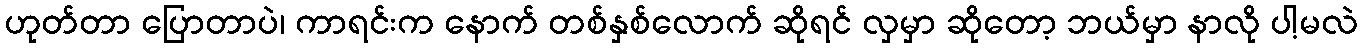
ဟုတ်တာ ပြောတာပဲ၊ ကာရင်းက နောက် တစ်နှစ်လောက် ဆိုရင် လှမှာ ဆိုတော့ ဘယ်မှာ နာလို ပါ့မလဲ